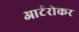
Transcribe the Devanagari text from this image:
आर्टरोकर